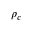
\rho _ { c }